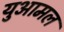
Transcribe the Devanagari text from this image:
युआमल